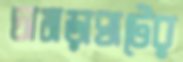
চামড়াঘাটের